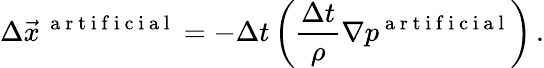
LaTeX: \Delta\vec{x}^{\, \mathrm{~a~r~t~i~f~i~c~i~a~l~}}=-\Delta t\left(\frac{\Delta t}{\rho}\nabla p^{\mathrm{~a~r~t~i~f~i~c~i~a~l~}}\right)\, .